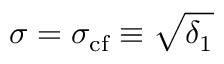
\sigma = \sigma _ { \mathrm { c f } } \equiv \sqrt { \delta _ { 1 } }